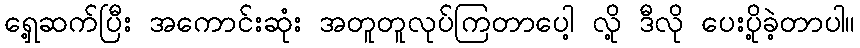
ရှေ့ဆက်ပြီး အကောင်းဆုံး အတူတူလုပ်ကြတာပေါ့ လို့ ဒီလို ပေးပို့ခဲ့တာပါ။